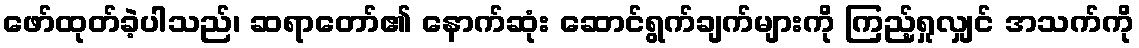
ဖော်ထုတ်ခဲ့ပါသည်၊ ဆရာတော်၏ နောက်ဆုံး ဆောင်ရွက်ချက်များကို ကြည့်ရှုလျှင် အသက်ကို